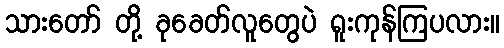
သားတော် တို့ ခုခေတ်လူတွေပဲ ရူးကုန်ကြပလား။